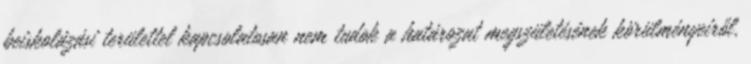
beiskolázási területtel kapcsolatosan nem tudok a határozat megszületésének körülményeiről,